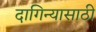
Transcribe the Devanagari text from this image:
दागिन्यासाठी